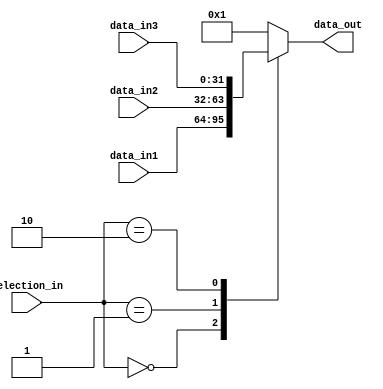
module multiplex2

#(
	parameter data_size = 32
)

(
	selection_in,
	data_in1,
	data_in2,
	data_in3,
	data_out
);

	input [1:0] selection_in;
	input [data_size-1:0] data_in1;
	input [data_size-1:0] data_in2;
	input [data_size-1:0] data_in3;
	output reg [data_size-1:0] data_out;
	
	always@(*)
		case (selection_in[1:0])
			2'b00: data_out = data_in1;
			2'b01: data_out = data_in2;
			2'b10: data_out = data_in3;
			default: data_out = 32'b1;
		endcase
	endmodule